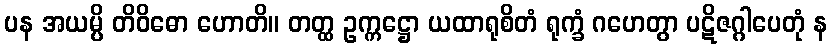
ပန အယမ္ပိ တိဝိဓော ဟောတိ။ တတ္ထ ဥက္ကဋ္ဌော ယထာရုစိတံ ရုက္ခံ ဂဟေတွာ ပဋိဇဂ္ဂါပေတုံ န